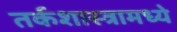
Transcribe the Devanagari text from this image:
तर्कशास्त्रामध्ये